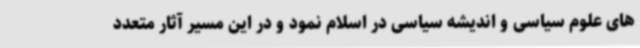
های علوم سیاسی و اندیشه سیاسی در اسلام نمود و در این مسیر آثار متعدد